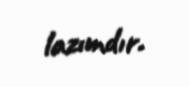
lazımdır.